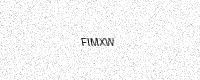
Text: FIMXW